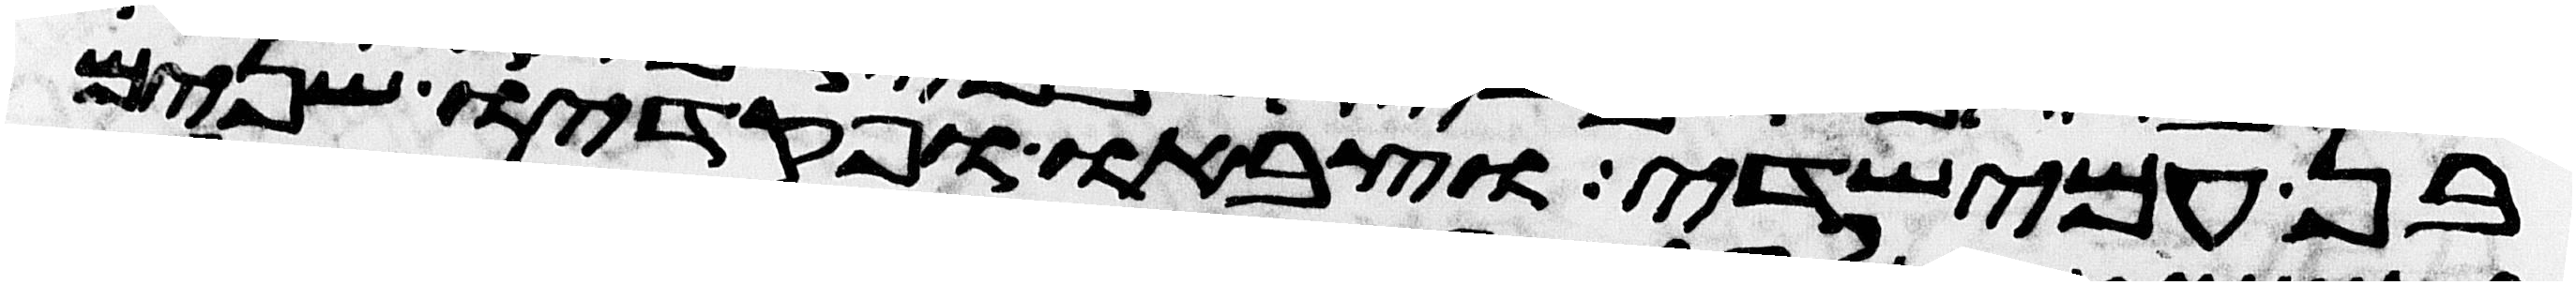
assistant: בן עמישדי וצבאו ופקדיו שנים